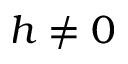
h \neq 0